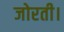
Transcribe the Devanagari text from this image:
जोरती।